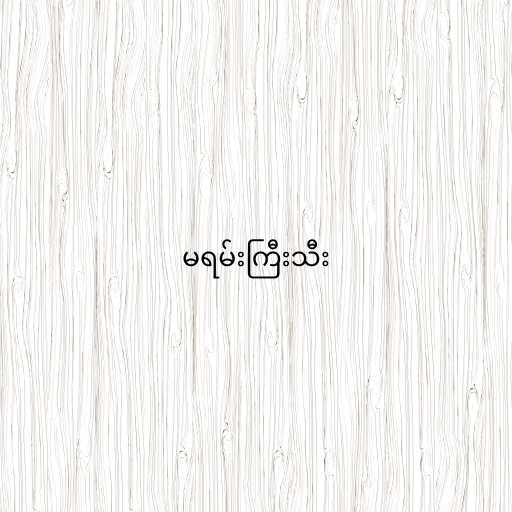
မရမ်းကြီးသီး